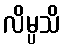
လိမ္ပသိ